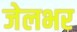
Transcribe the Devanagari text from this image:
जेलभर